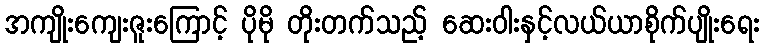
အကျိုးကျေးဇူးကြောင့် ပိုမို တိုးတက်သည့် ဆေးဝါးနှင့်လယ်ယာစိုက်ပျိုးရေး